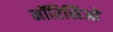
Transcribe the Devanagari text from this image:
मॉरिसिओ